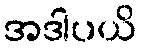
အဒါပယိ